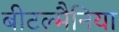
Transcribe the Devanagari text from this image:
बीटल्मैनिया